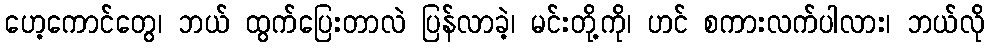
ဟေ့ကောင်တွေ၊ ဘယ် ထွက်ပြေးတာလဲ ပြန်လာခဲ့၊ မင်းတို့ကို၊ ဟင် စကားလက်ပါလား၊ ဘယ်လို